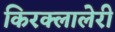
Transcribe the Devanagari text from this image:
किरक्लालेरी